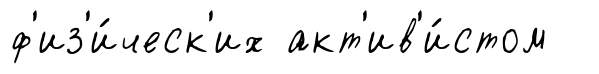
ф'из'и́ческ'их акт'ив'и́стом